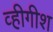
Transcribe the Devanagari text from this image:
व्हीगीश